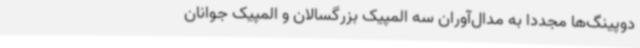
دوپینگ‌ها مجددا به مدال‌آوران سه المپیک بزرگسالان و المپیک جوانان